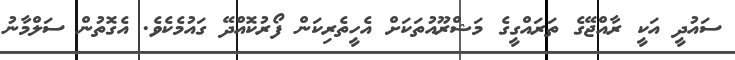
ސައުދީ އަކީ ރާއްޖޭގެ ތަރައްގީގެ މަޝްރޫއުތަކަށް އެހީތެރިކަން ފޯރުކޮއްދޭ ގައުމެކެވެ. އެގޮތުން ސަލްމާނު